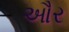
ઔર